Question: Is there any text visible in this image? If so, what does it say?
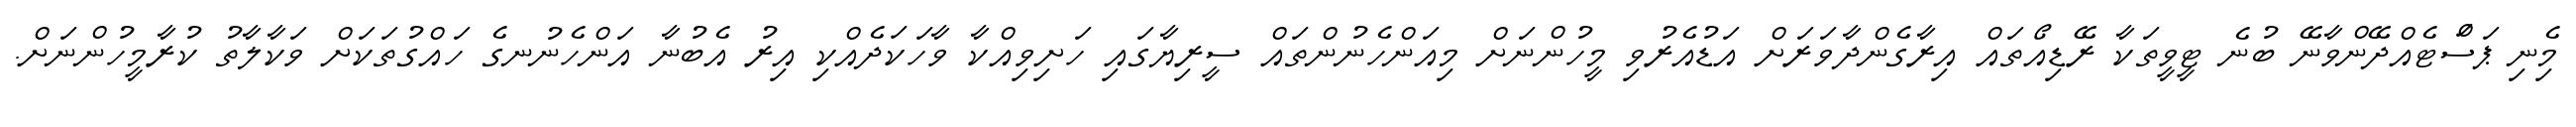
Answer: މިެނި ޕަސަްޓެއްދޭންވާނޭ ބުނެ ޓީވީތަކާ ރޭޑިއޯތައް އިރާގެންދާވަރަށް އަޑުއެރުވި މީހުންނަށް މިއަންހެނުންތައް ސީރިޔާގައި ހަށިވިއްކާ ވާހަކަދެއްކި އިރު އެބުނާ އަންހެނުނގެ ހައްގުތަކަށް ވަކާލާތު ކުރާމީހުންނަށް.